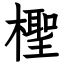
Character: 檉